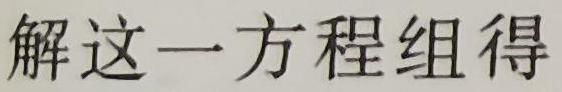
解这一方程组得